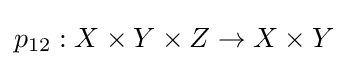
p_{12}:X\times Y\times Z\to X\times Y